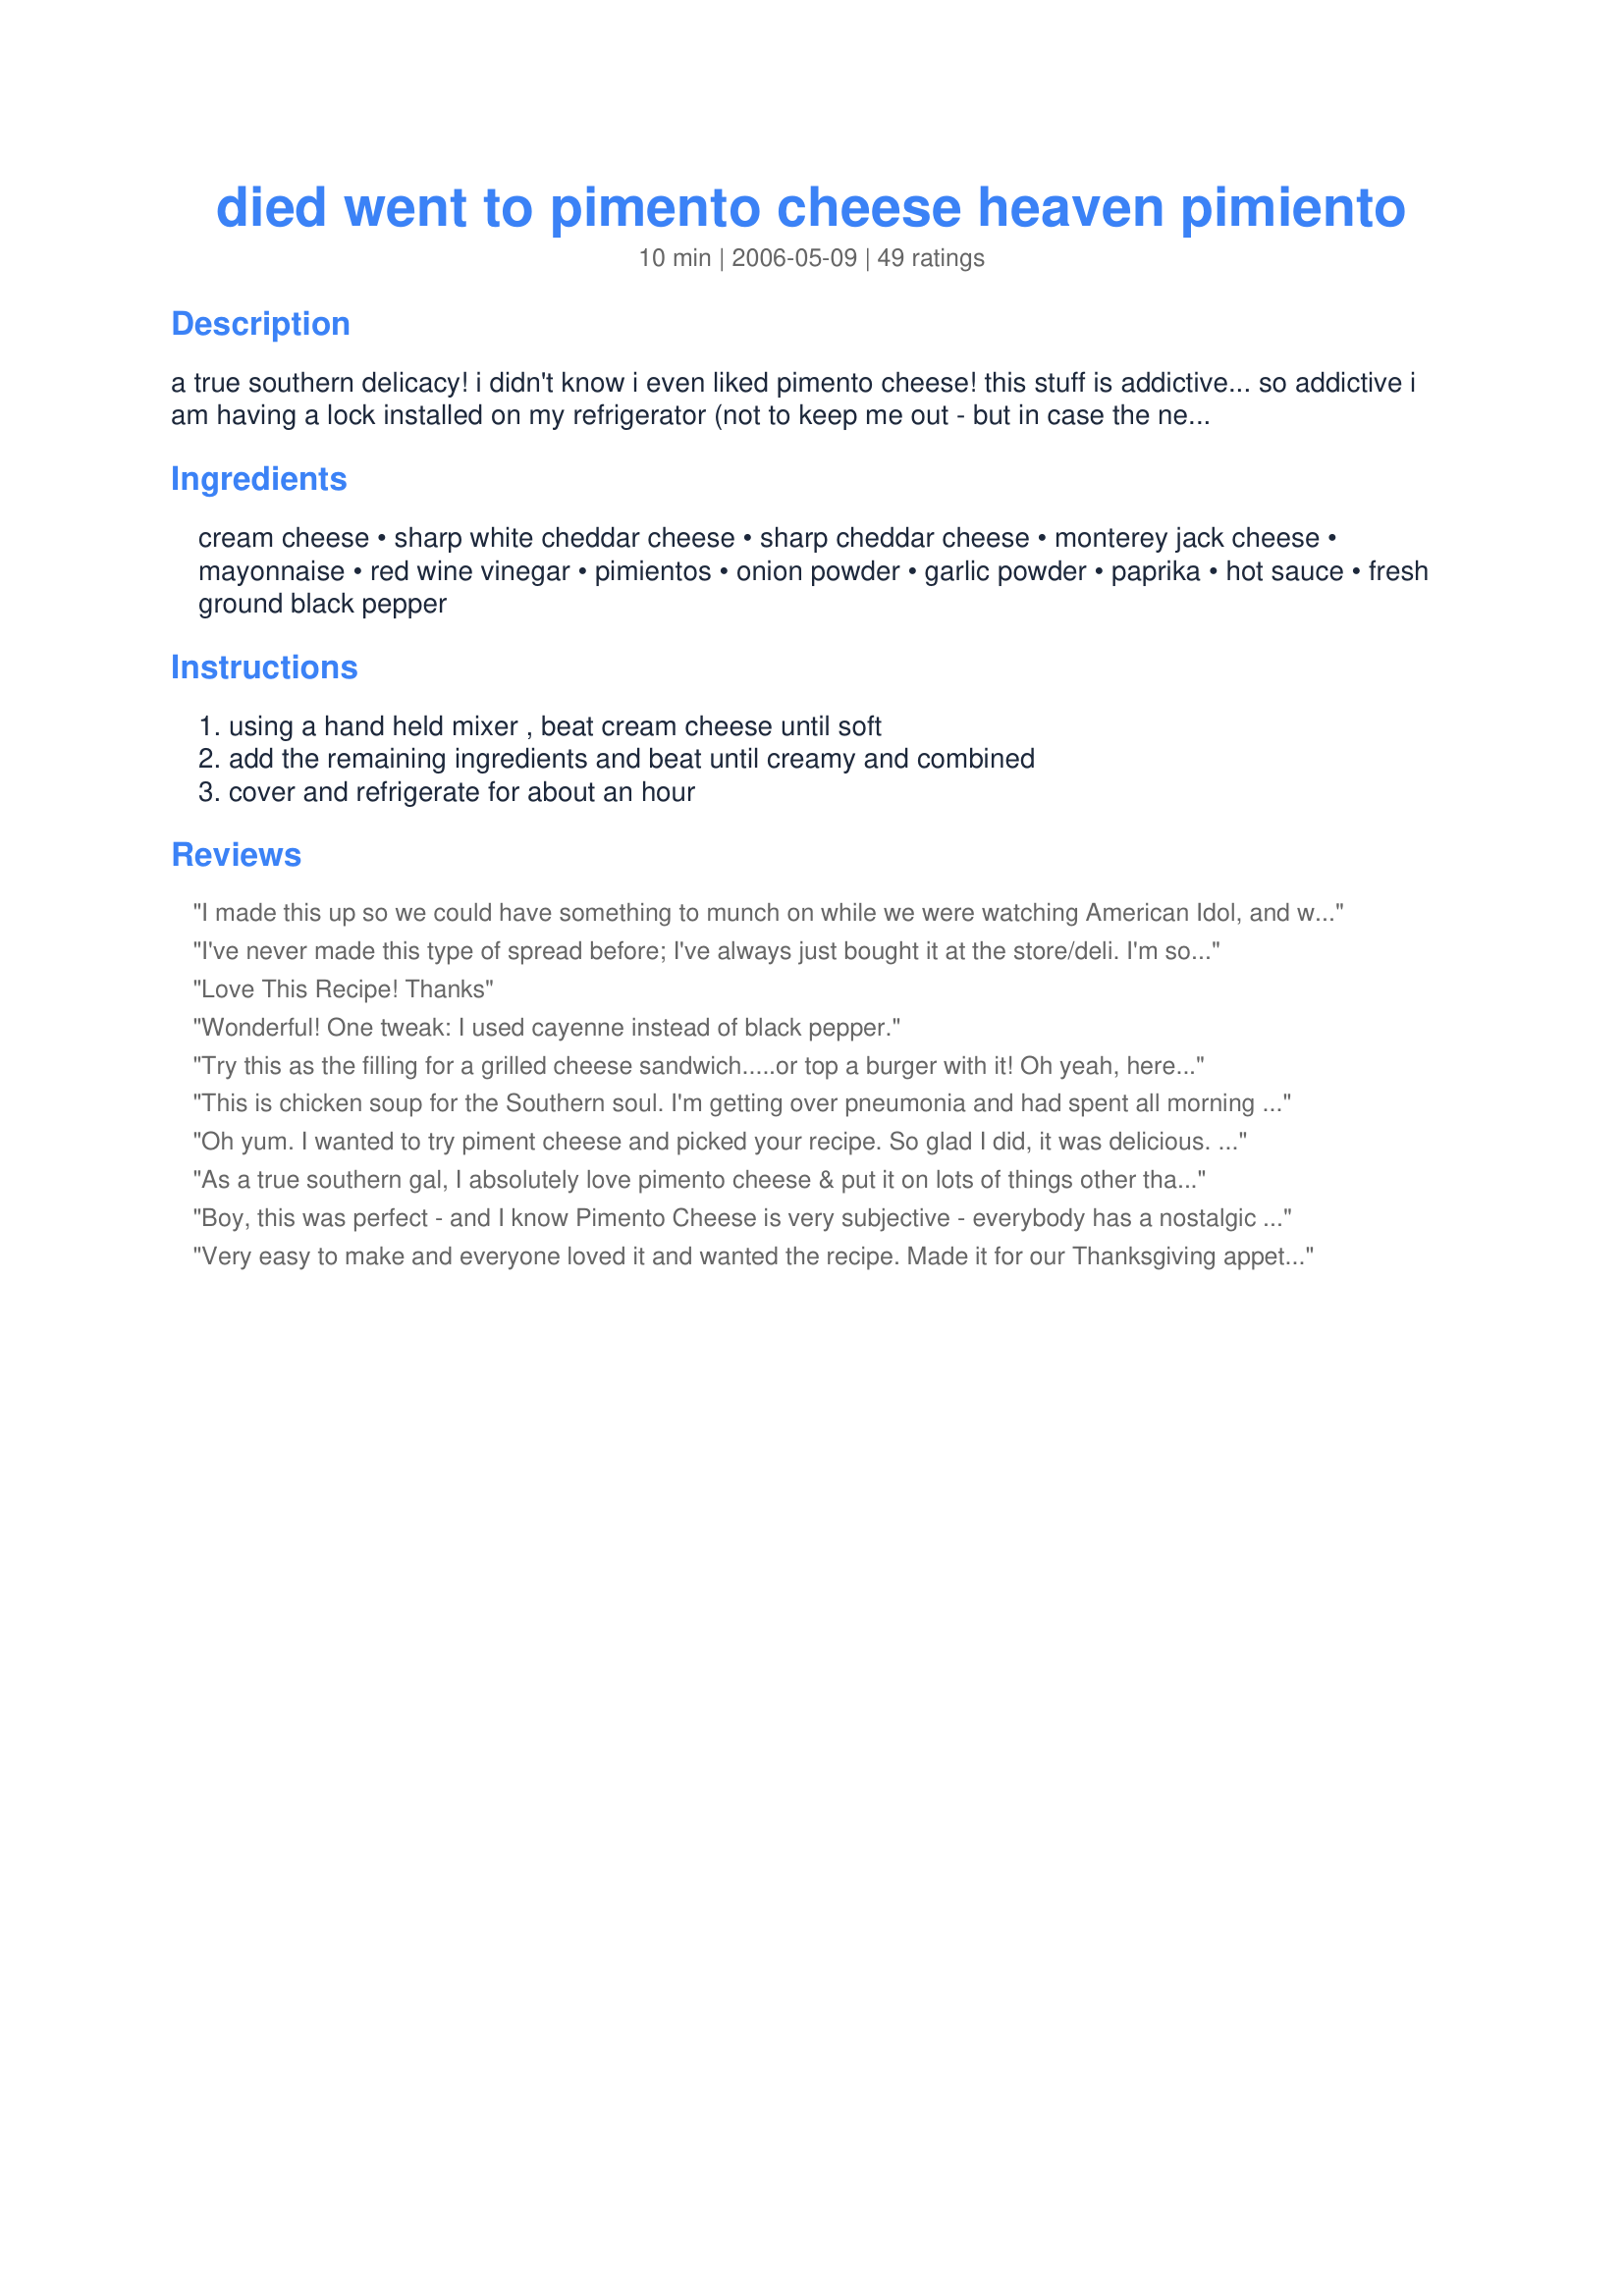
died went to pimento cheese heaven pimiento
Preparation time: 10 minutes

a true southern delicacy! i didn't know i even liked pimento cheese! this stuff is addictive... so addictive i am having a lock installed on my refrigerator (not to keep me out - but in case the neighbors find out!). i have picked at pimento cheese spreads at parties and potlucks but never have the desire to make my own... and then i was asked if i would make a batch for a friend...this is a cross between her mom's recipe and my creativity. great on celery sticks, crackers, bread... even straight out of the bowl! even picky four year olds liked it!

Ingredients:
cream cheese, sharp white cheddar cheese, sharp cheddar cheese, monterey jack cheese, mayonnaise, red wine vinegar, pimientos, onion powder, garlic powder, paprika, hot sauce, fresh ground black pepper

Steps:
using a hand held mixer , beat cream cheese until soft, add the remaining ingredients and beat until creamy and combined, cover and refrigerate for about an hour

Reviews:
I made this up so we could have something to munch on while we were watching American Idol, and we thought it was awesome! I cut the recipe in half, and we still have some left for tonight :D I served it with wheat thins, triskets, and pita and bagel chips for a nice variety, and I can tell you we tried all of them! I can't wait to make this for a pot luck or family get together and listen to the compliments fly. It is just wonderful! Thank you for sharing it with us NCMS! Linda
I've never made this type of spread before; I've always just bought it at the store/deli. I'm soooo glad I found this recipe. It is wonderful, and yes, kids DO love it! This goes with any dippers; crackers, veggies, fruit, chips, whatever! I will be making this again for a picnic this weekend. Thanx for sharing.
Love This Recipe! Thanks
Wonderful! One tweak: I used cayenne instead of black pepper.
Try this as the filling for a grilled cheese sandwich.....or top a burger with it! Oh yeah, here in the South we know how to use some pimento cheese!
This is chicken soup for the Southern soul. I'm getting over pneumonia and had spent all morning craving comfort food, but felt too weak to even consider chicken-fried something. Suddenly, Pimento Cheese on toast came to mind so I hopped on Zaar and found this recipe. I didn't have white cheddar so I simply doubled the sharp orange cheddar, then went with three dashes of hot sauce since my taste buds are so out of whack. Phenomenal! This tasted exactly like the pimento cheese my Meemaw used to make, and with a big glass of Sweet Tea did more to help me feel better than anything my doctor's prescribed. Thank you!
Oh yum. I wanted to try piment cheese and picked your recipe. So glad I did, it was delicious. Thank you for sharing.
As a true southern gal, I absolutely love pimento cheese & put it on lots of things other than bread or crackers. I have tried several recipes on Zaar but this is the very, very BEST!!!!!!!!!!!
Boy, this was perfect - and I know Pimento Cheese is very subjective - everybody has a nostalgic idea of what it should taste like, and this was IT for me! I combined the cream cheese and other dressing ingredients first with a whisk, till it was smooth. I used 4 oz. of mild cheddar and 8 oz. of sharp cheddar cut into 2" pieces and pulsed / chopped it in my food processor, leaving some larger chunks for more texture. Then I stirred the cheese into the dressing and chilled for 30 minutes (couldn't wait any longer!) Since I'm low-carbing, I used this to "stuff" salami roll-ups - YUMMY! Thanks for an old favorite.
Very easy to make and everyone loved it and wanted the recipe. Made it for our Thanksgiving appetizer spread that we always have since our family is so big. Next time I think I will substitute the onion powder for minced onion and add minced celery. Also, I was out of hot sauce (very surprising) so I had to use crushed red pepper. Thanks for the recipe!
OH MY GOODNESS!!!!! Just trust the recipe girls and make it.....I used 3 dashes of green hot sauce. I made it and tasted it and went CRAZY.....I have always made good pimento cheese, but this has that little something that puts it in the perfect catagory.....go right by the recipe.......chill it, serve it and watch people go crazy!!
This is very good. The pimentos are tasty in the dip. I think next time I will substitute some sour cream for the mayo.
Great dip or spread. I did use a smoked paprika but this is great with the new Flip side crackers.
Excellent!! I had never made pimento cheese before, and couldn't say I've actually eaten it before either, but this just sounded good! I definitely went light on the mayo (BF doesn't care for it). I also added some grated onion (~1 tbs), as suggested by a Paula Deen recipe. We've been eating this on crackers & celery sticks. Not sure if I could handle a whole sandwich of it, but its a nice spread. Will make again!
WOW! I tried to screw up this recipe at every turn. I didn't measure anything, had the wrong cheeses on hand (Havarti, Colby, Jack), and I even did the unthinkable....used a bar of FAT FREE CREAM CHEESE! And, this is still the BEST pimiento cheese I have ever had. YUM! Thanks! (I used a double shot of hot sauce and a bunch of freshly ground pepper....YUM-O, as Rachael would say!)
Outstanding recipe!! I haven't had pimento cheese since my g-ma made it many many years ago!! Tasted just like how she used to make it!! Made exactly as shown. Wouldn't change a thing!! Thanks for the recipe!!
I was looking for something similar to Pawley's Island Palmetto Cheese, and this is it! What a great recipe! I did have a problem though....the cheese amounts should go by ounces, not cups. I held up the measuring cups and it definitely didn't look like enough cheese. So I went by ounces instead and it came out perfectly. But apparently I am the only person who became perplexed :)<br/>Thank you so much for posting!
Oh my gosh!!! This is the best pimento cheese I have ever had!! The recipe is soooo easy! I have already made this recipe two more times since I first saw it and that was only two weeks ago! The only thing that I did slightly different was that I used granulated garlic instead of garlic powder....only because that's all I had, but it turn out amazing! Please give this recipe a try! It will definitely be a huge hit!!
This is awesome. I had never had pimento cheese until a friend had me try some that was made with Velveeta Cheese. But, I must say this is much better! Thanks for the recipe.
This is not the recipe - too many ingredients - and yes I tried it. More sharp cheddar - and forget all that onion and garlic powder - maybe just a dash of garlic powder - less cream cheese - more mayonnaise - and totally forget the vinegar (it is way too overpowering).
This is very similar to the recipe that I use but we never put cream cheese in it and that was a fantastic addition! My family is from Tenessee and I grew up eating my grandma's Pimento Cheese. I use pepper jack and omit the hot sauce-Yum! Also I do not use the vinegar. Grandma's was always tangy and kind of sweet. She would finely chop her homemade bread and butter pickles and add them plus a little of the juice and a couple pinches of sugar. So if you remember a sweeter version here you go!
5 stars and more! I love pimento cheese and for many years now pimento cheese sandwiches have been on our Christmas Eve menu. Everyone raved about this patch. I could not find the white cheddar so I used mild cheddar, sharp cheddar and the monterey and colby mix with the cream cheese.
Deeeelish! We all loved it, thanks!
Very tasty!
Okay, not great, IMO. I think it doesn't have enough bit with the cream cheese and MJ cheese, too much of both.
This is SOOOO yummy! Everything pimento cheese should be. Definately try this....you won't be disappointed!!
Have made twice in last 10 days as finger sandwiches. Double recipe and use two loaves of wheat or oat nut bread. Whip cream cheese, mayo, spices and pimento together.Get your hands in there and fold fresh grated cheese into wet mixture. Never refrigerated, spreads smoother on bread. Tray of sandwiches went fast at a New Year&#039;s Eve party and a great finger food for reception after a funeral.
I made this last week and I haven't been able to leave it alone! My MIL a true southern lady fell in love with it. I had to relinquish my printed out copy to her. My twins loved it too as a sandwich spread. Great recipe.
Wow! Sorry this took me so long to review. I have made it a couple times and it is HEAVENLY! My granny passed on her addiction for pimento cheese to me and I only wish she were still alive to taste this! I just used all cheddar and it was fantastic :) Topped with home grown tomatoes is THE BEST way to eat it in a sandwich IMHO
People go crazy when I make this! LOL Delicious! Tastes great with crackers and pretzels.
Emailed this recipe to DH this morning and told him to make me some for lunch. EVEN HE was able to pull this off.

IT WAS WONDERFUL and will be a new favorite at my house and I KNOW my dad is going to love it. He is a Pimento Cheese Connoisseur and has been since I was little.

THANK YOU SO MUCH FOR THIS TERRIFIC RECIPE and addition to our favorites!
I was conflicted on how to review this. It was really delicious, but more like a cheese spread than pimento cheese. Pimento cheese has a tangy slightly sweet flavor. This didn't have that signature tang. It was absolutely fabulous with crackers....just not really pimento cheese. I would call it a cheese dip with pimentos.
Mmmm. I had never heard of Pimento Cheese until I was watching a movie and they mentioned Pimento Cheese sandwiches (Dr. T and the Women). I seached and found this recipe, since I had all the ingredients on hand I tried it. I used mostly yellow sharp cheddar and some Italian grated cheeses because this is what I had available. This spread is addicting! I tasted it with crackers after chilling for a few hours and wanted more along with a nice glass of wine. I will be making this again. The garlic and onion powders really sets off the flavor of the cheese. Thanks
With all of the rave reviews, I thought this would be a winner for sure. I was very disappointed. I followed the recipe exactly. There is entirely too much garlic &amp; onion powder!!! The taste of the two completely overpower any other flavor one might hope of finding in this. I&#039;ll try it again, but I think I&#039;ll try using 1/8 tsp. of garlic &amp; onion powder instead of the 1/2 tsp. the recipe called for.
Nice flavor, but too strong on the mayo for me. It kind of overpowers the cheeses. I think I'd reduce it next time. Also, definitely bumped up the hot sauce.
OMGOODNESS, this is the stuff that every southern gurl lives for. I use to go to a friend's house as a child and her MIMI would make something similar to this and we would sit on the back porch eating pimento cheese with crackers as a snack with a mason jar of ice tea. This stuff is just plum good! Thanks for this recipe!
Oh, yes...pimiento cheese (or "minnercheese" as we called it as children) is on my Top Five Faves list...and this is a honey of a version! I made a batch and took some to my mom's house, and we made grilled minnercheese samwitches. She had just watched a "Dr. Oz" show wherein he suggested adding thin slices of tart green apples to the sandwich---so we did---and OOOOHHHHWWEEEEE! Some kinda wonderful! Thanks for a special recipe, NcMS! (Oh---forgot to say---I added some chopped toasted pecans to the mix, and that was nice, too...)
You said it, with the title!! It is the recipe I have searched for, since I left North Carolina, 25 years ago! 
Excellent!!Easy to make! I didn't have any red wine vinegar, so I used balsamic...and the cheddar cheese was all sharp chedddar. This is a keeper!!
I hosted a couples baby shower recently and this was the hit of the party. All my guests were raving about this dip. I did add a little extra hot sauce. I've been asked to make this dip for several other parties. Thanks for posting!
This is the grossest thing I have ever made! Too much onion and garlic powder. You can just forget it if you think you can do anything to fix it up after you make this recipe - just throw it in the trash. I guess if you use store brand seasoning and not premium seasoning, maybe it's not too bad. But if you really cook and have good seasonings. forget this recipe - you will be tasting garlic and onion powder for weeks with heartburn to boot.
Excellent and easy. My husband now thinks I&#039;m a chef ha ha
Grit here also. Sadly, a grocery chain in my state made a terrible decision to close here and no longer could we get their pimento cheese and the one I grew up eating. In fact, the only one I have ever liked. Have to bring home from GA or FLA on occasion to even eat pimento cheese. NOT SO ANYMORE. My good transplanted Michigan friend introduced me to THIS pimento cheese, except made with the jalapeno cream cheese. Is truly awesome.
As a GRIT (girl raised in the south) I have to say this is one of the best minter cheese spreads ever! I am a caterer and we served this in finger sandwiches and they flew off the platter.
Even though I am a Southerner, pimento cheese never appealed to me until I decided to make it this past year. I am now sold on pimento cheese, specifically this recipe. It is easy to make and fantastic! My husband loves the spice of the hot sauce. I served it at a cocktail party and one guest even identified it as this recipe as it is so good. Thanks for the recipe!
Made this as an appetizer for a dinner party I was having, months later peole are still asking me for the recipe!! SO YUMMY!!
This got rave reviews at our 4th of July bbq! I kept the recipe the same except that I used 1 1/2 c of extra sharp white cheedar and 3/4c sharp cheddar and omitted the other type of cheese...heavenly...
Loved it! I could hardly stay out of it til the baby shower I made it for! The quantity makes just enough to spread one loaf of cocktail bread for appies. Thanks for sharing!
DH enjoyed it but I didn't care for it at all. If I do this one again I will change the red wine vinegar to white and possibly omit the garlic and/or onion powder entirely. I could distinctly detect those flavors and didn't care for the way they lent themselves to the dish.
Fantastic! I've made it several times and keep it on hand most of the time for a quick-fix meal.
